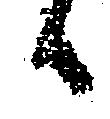
候